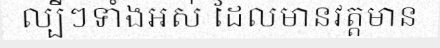
ល្បីៗទាំងអស់ ដែលមានវត្តមាន